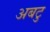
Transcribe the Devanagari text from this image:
अबटु